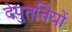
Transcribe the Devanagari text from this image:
देपुततियों